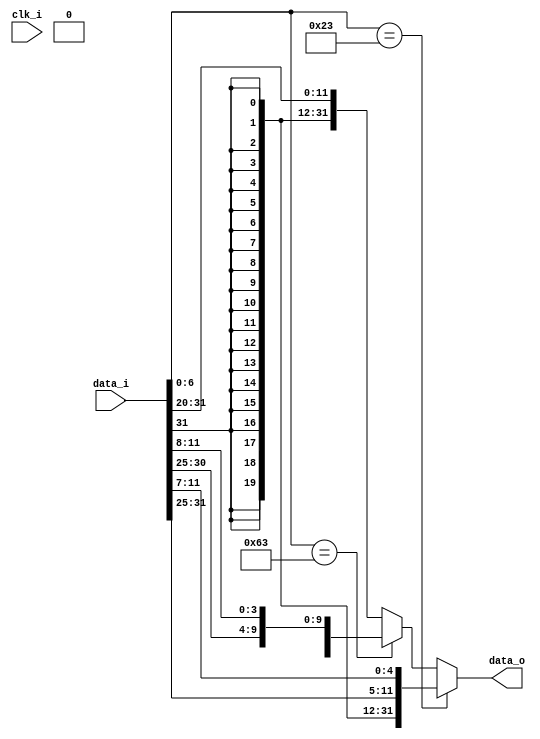
module ImmGen(
    clk_i,
    data_i,
    data_o
);

input           clk_i;
input [31:0]    data_i;
output [31:0]   data_o;

reg [31:0] data_o;
wire [6:0] opcode;

assign opcode=data_i[6:0];

always@(*) begin
    if(opcode==7'b0100011)begin//sw
        data_o<={{20{data_i[31]}},data_i[31:25],data_i[11:7]};
    end
    else if (opcode==7'b1100011) begin//beq
        data_o<={{19{data_i[31]}},data_i[31],data_i[7],data_i[30:25],data_i[11:8]};
    end
    else begin//addi,srai,lw
        data_o<={{20{data_i[31]}},data_i[31:20]};
    end
end

//assign data_o={{20{data_i[11]}},data_i};

endmodule